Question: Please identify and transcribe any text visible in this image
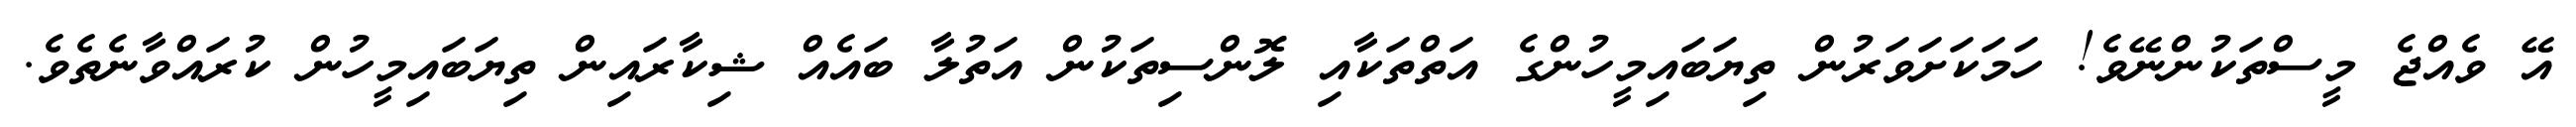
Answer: އޭ ވެއްޖެ މީސްތަކުންނޭވެ! ހަމަކަށަވަރުން ތިޔަބައިމީހުންގެ އަތްތަކާއި ލޮންސިތަކުން އަތުލާ ބައެއް ޝިކާރައިން ތިޔަބައިމީހުން ކުރައްވާނެތެވެ.